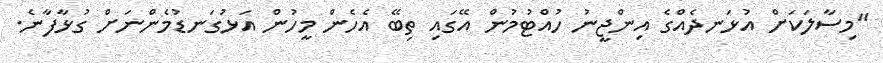
"މިސާލަކަށް އުޅަނދެއްގެ އިންޖީނު ހުއްޓުމުން އޭގައި ތިބޭ އެހެން މީހުން އަޅުގަނޑުމެންނަށް ގުޅާފާނެ.